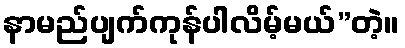
နာမည်ပျက်ကုန်ပါလိမ့်မယ်”တဲ့။